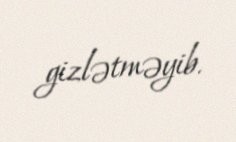
gizlətməyib.